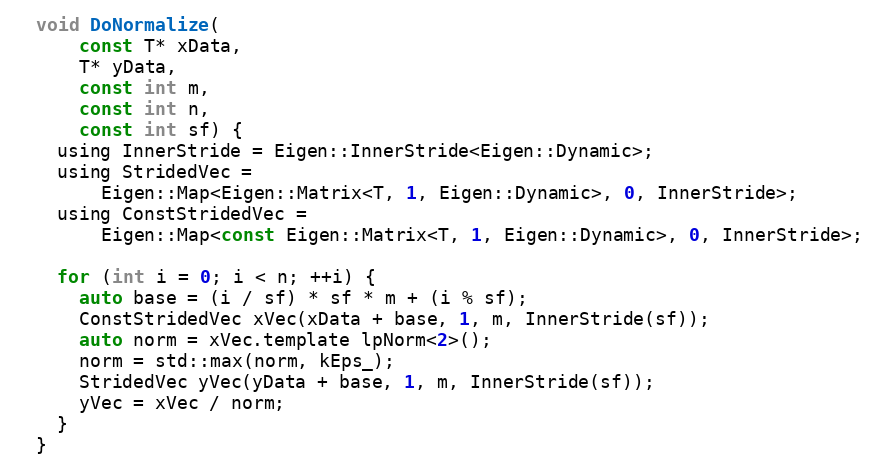
Language: C
  void DoNormalize(
      const T* xData,
      T* yData,
      const int m,
      const int n,
      const int sf) {
    using InnerStride = Eigen::InnerStride<Eigen::Dynamic>;
    using StridedVec =
        Eigen::Map<Eigen::Matrix<T, 1, Eigen::Dynamic>, 0, InnerStride>;
    using ConstStridedVec =
        Eigen::Map<const Eigen::Matrix<T, 1, Eigen::Dynamic>, 0, InnerStride>;

    for (int i = 0; i < n; ++i) {
      auto base = (i / sf) * sf * m + (i % sf);
      ConstStridedVec xVec(xData + base, 1, m, InnerStride(sf));
      auto norm = xVec.template lpNorm<2>();
      norm = std::max(norm, kEps_);
      StridedVec yVec(yData + base, 1, m, InnerStride(sf));
      yVec = xVec / norm;
    }
  }